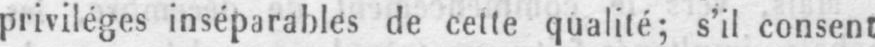
privilèges inséparables de cette qualité; s’il consent